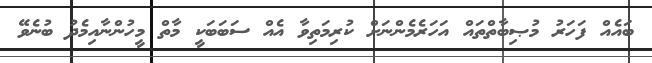
ބައެއް ފަހަރު މުޞިބާތްތައް އަހަރެމެންނަށް ކުރިމަތިވާ އެއް ސަބަބަކީ މާތް މީހުންނާއިމެދު ބުނެވޭ